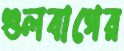
গুলবাগের